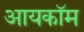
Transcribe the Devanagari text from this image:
आयकॉम